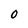
Character: 0